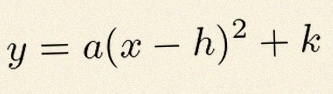
y=a(x-h)^2+k